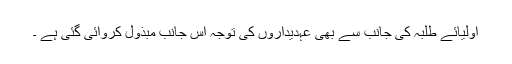
اولیائے طلبہ کی جانب سے بھی عہدیداروں کی توجہ اس جانب مبذول کروائی گئی ہے ۔